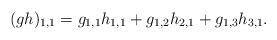
LaTeX: \begin{align*}(gh)_{1,1}=g_{1,1} h_{1,1} + g_{1,2}h_{2,1} + g_{1,3}h_{3,1}.\end{align*}